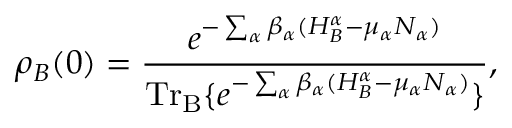
\rho _ { B } ( 0 ) = \frac { e ^ { - \sum _ { \alpha } \beta _ { \alpha } ( H _ { B } ^ { \alpha } - \mu _ { \alpha } N _ { \alpha } ) } } { \mathrm { T r } _ { \mathrm { B } } \{ e ^ { - \sum _ { \alpha } \beta _ { \alpha } ( H _ { B } ^ { \alpha } - \mu _ { \alpha } N _ { \alpha } ) } \} } ,